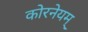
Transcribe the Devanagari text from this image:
कोरनेयम्